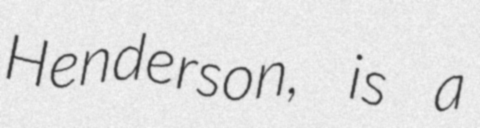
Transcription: Henderson, is a